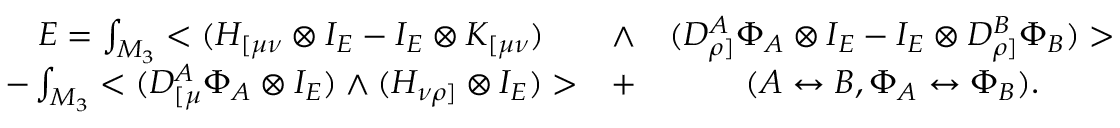
\begin{array} { c c c } { { { \cal E } = \int _ { M _ { 3 } } < ( H _ { [ \mu \nu } \otimes I _ { E } - I _ { E } \otimes K _ { [ \mu \nu } ) } } & { { \wedge } } & { { ( D _ { \rho ] } ^ { A } \Phi _ { A } \otimes I _ { E } - I _ { E } \otimes D _ { \rho ] } ^ { B } \Phi _ { B } ) > } } \\ { { - \int _ { M _ { 3 } } < ( D _ { [ \mu } ^ { A } \Phi _ { A } \otimes I _ { E } ) \wedge ( H _ { \nu \rho ] } \otimes I _ { E } ) > } } & { { + } } & { { ( A \leftrightarrow B , \Phi _ { A } \leftrightarrow \Phi _ { B } ) . } } \end{array}